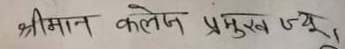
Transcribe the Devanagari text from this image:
श्रीमान कलेन प्रमुख ज्यू,